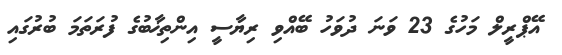
އޭޕްރީލް މަހުގެ 23 ވަނަ ދުވަހު ބޭއްވި ރިޔާސީ އިންތިޚާބުގެ ފުރަތަމަ ބުރުގައި